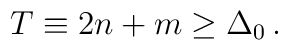
T \equiv 2n+m \geq \Delta_0 \, .